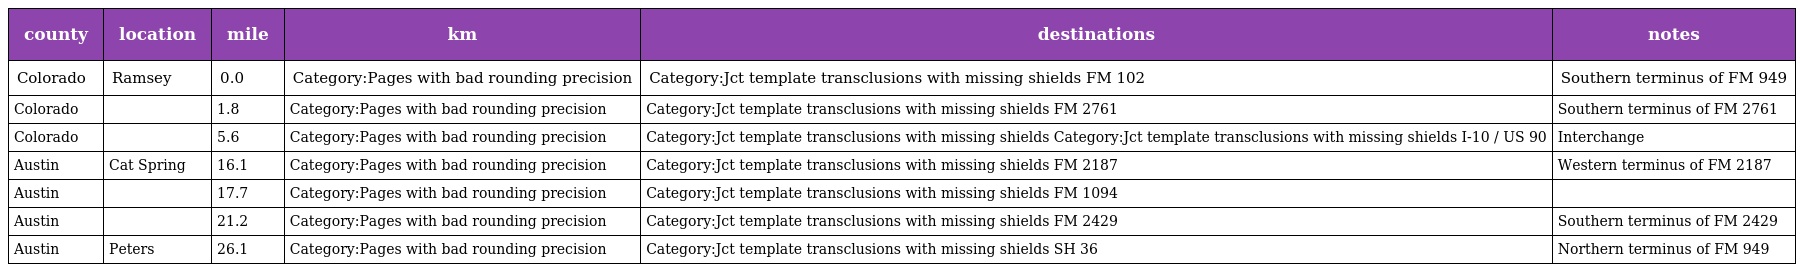
| county | location | mile | km | destinations | notes |
 | --- | --- | --- | --- | --- | --- |
 | Colorado | Ramsey | 0.0 | Category:Pages with bad rounding precision | Category:Jct template transclusions with missing shields FM 102 | Southern terminus of FM 949 |
 | Colorado |  | 1.8 | Category:Pages with bad rounding precision | Category:Jct template transclusions with missing shields FM 2761 | Southern terminus of FM 2761 |
 | Colorado |  | 5.6 | Category:Pages with bad rounding precision | Category:Jct template transclusions with missing shields Category:Jct template transclusions with missing shields I-10 / US 90 | Interchange |
 | Austin | Cat Spring | 16.1 | Category:Pages with bad rounding precision | Category:Jct template transclusions with missing shields FM 2187 | Western terminus of FM 2187 |
 | Austin |  | 17.7 | Category:Pages with bad rounding precision | Category:Jct template transclusions with missing shields FM 1094 |  |
 | Austin |  | 21.2 | Category:Pages with bad rounding precision | Category:Jct template transclusions with missing shields FM 2429 | Southern terminus of FM 2429 |
 | Austin | Peters | 26.1 | Category:Pages with bad rounding precision | Category:Jct template transclusions with missing shields SH 36 | Northern terminus of FM 949 |